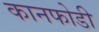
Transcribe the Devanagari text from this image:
कानफोडी